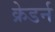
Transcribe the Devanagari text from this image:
क्रेडर्न